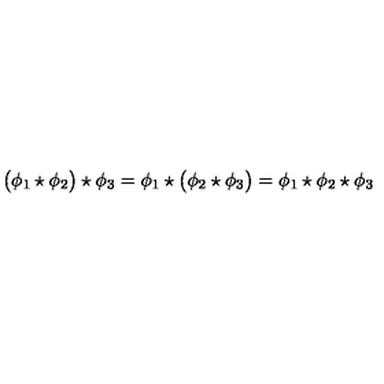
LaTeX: \bigl ( \phi _ { 1 } \star \phi _ { 2 } \bigr ) \star \phi _ { 3 } = \phi _ { 1 } \star \bigl ( \phi _ { 2 } \star \phi _ { 3 } \bigr ) = \phi _ { 1 } \star \phi _ { 2 } \star \phi _ { 3 }